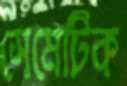
সেমেটিক